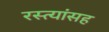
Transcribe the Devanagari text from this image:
रस्त्यांसह